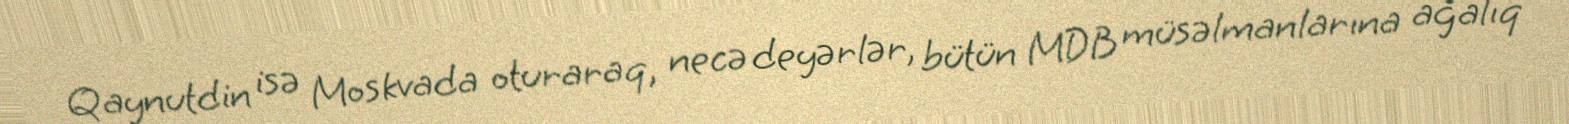
Qaynutdin isə Moskvada oturaraq, necə deyərlər, bütün MDB müsəlmanlarına ağalıq